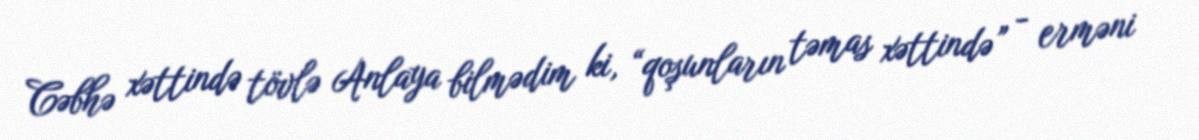
Cəbhə xəttində tövlə Anlaya bilmədim ki, “qoşunların təmas xəttində” - erməni